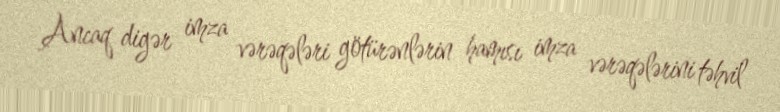
Ancaq digər imza vərəqələri götürənlərin hamısı imza vərəqələrini təhvil